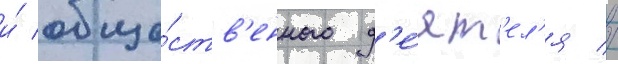
и́ обще́ств'енного д'е́ят'ел'я //